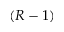
( R - 1 )